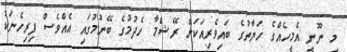
މި ނޫނީ އެމީހެއްގެ ހަޔާތުގެ ބައިވެރިއަކަށް ރޭޝްމާ ހެދުމުގެ ބޭނުމުގައި އެއްވެސް ފިރިހެނަކު